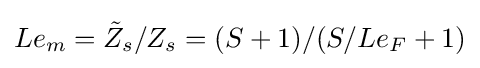
Le_{m}={\tilde {Z}}_{s}/Z_{s}=(S+1)/(S/Le_{F}+1)